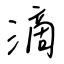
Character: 滴